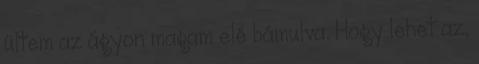
ültem az ágyon magam elé bámulva. Hogy lehet az,